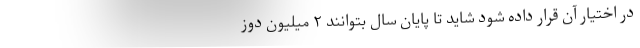
در اختیار آن قرار داده شود شاید تا پایان سال بتوانند ۲ میلیون دوز